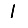
Digit: 1